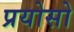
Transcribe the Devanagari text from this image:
प्रयोसो